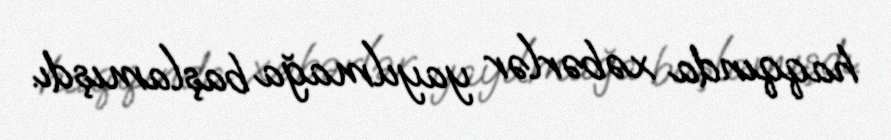
haqqında xəbərlər yayılmağa başlamışdı.